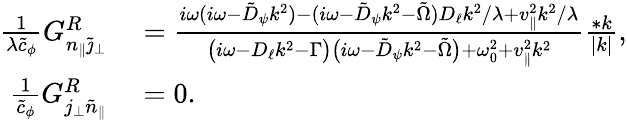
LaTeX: \begin{array}{rl}{\frac{1}{\lambda\tilde{c}_{\phi}}G_{n_{\| }\tilde{\jmath}_{\perp}}^{R}}&{{}=\frac{i\omega(i\omega-\tilde{D}_{\psi}k^{2})-(i\omega-\tilde{D}_{\psi}k^{2}-\tilde{\Omega})D_{\ell}k^{2}/\lambda+v_{\| }^{2}k^{2}/\lambda}{\big(i\omega-D_{\ell}k^{2}-\Gamma\big)\big(i\omega-\tilde{D}_{\psi}k^{2}-\tilde{\Omega}\big)+\omega_{0}^{2}+v_{\| }^{2}k^{2}}\frac{*k}{|k|},}\\ {\frac{1}{\tilde{c}_{\phi}}G_{j_{\perp}\tilde{n}_{\| }}^{R}}&{{}=0.}\end{array}